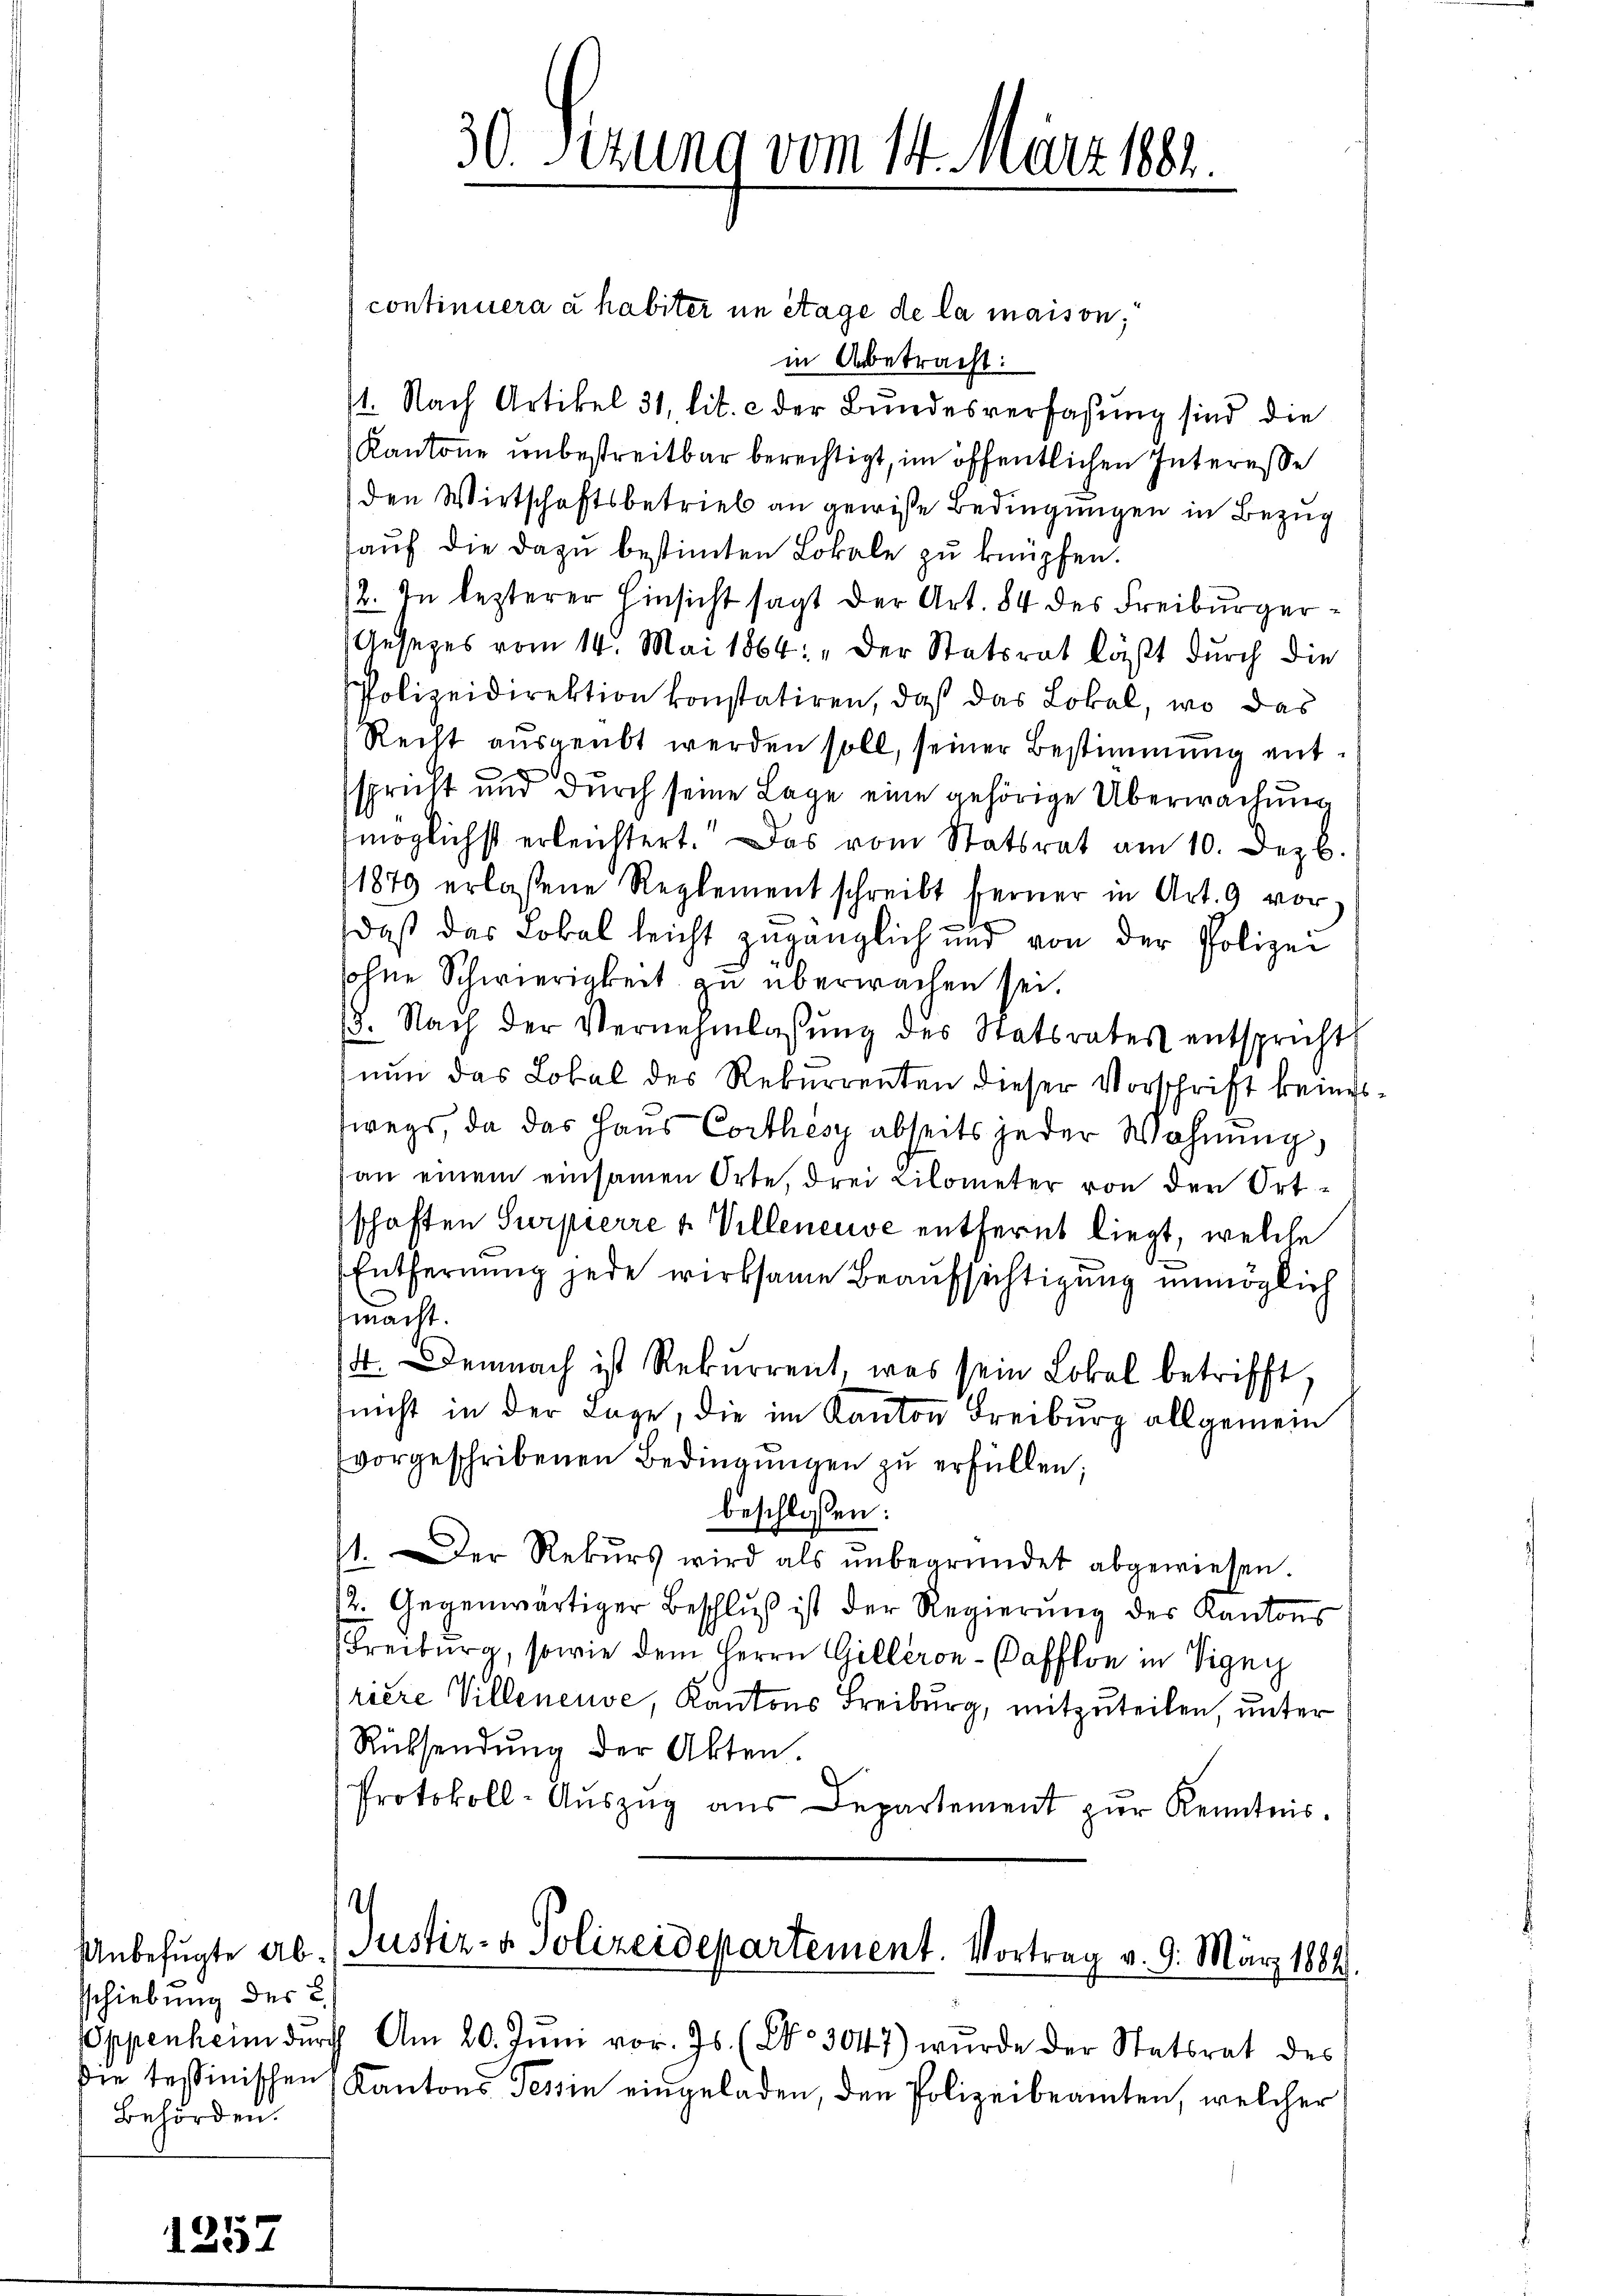
schiebung des L.
Behörden.

1

30. Sizung vom 14. März 1881

continuera à habiter im Stage de la maison,
in Abetracht:
11. Nach Artikel 31, lit. c der Bundesverfassung sind die
Kantone unbestreitbar berechtigt, im öffentlichen Interesse
den Wirtschaftsbetrieb an gewiße Bedingungen in Bezug
auf die dazu bestimten Lokale zu knüpfen.
12. In lezterer Hinsicht sagt der Art. 84 des Freiburger¬
Gesetzes vom 14. Mai 1864: „Der Statsrat läßt durch die
Polizeidirektion konstatiren, daß das Lokal, wo das
Recht aŭsgeübt werden soll, seiner Bestimmung entspricht und durch seine Lage eine gehörige Überwachung
möglichst erleichtert. Das vom Statsrat am 10. Dez.
11879 erlassene Reglement schreibt ferner in Art. 9 vordaß das Lobel leicht zugänglich und von der Polizei
sohne Schwierigkeit zu überwachen sei.
(5. Nach der Vernehmlassŭng des Statsrates entspricht
nun das Lokal des Rekurrenten dieser Vorschrift keines
wegs, da das Haus Corthes abseits jeder Wohnung,
an einem einsamen Orte, drei Lilometer von den Ort-
schaften Surpierre u Villeneuve entfernt liegt, welche
Entfernung jede wirksame Beaufsichtigung unmöglich
macht.
14. Demnach ist Rekurrent, was sein Lobel betrifft,
(nicht in der Lage, die im Kanton Freiburg allgemein
vorgeschribenen Bedingungen zu erfüllen;
beschlossen:
1. Der Rekŭrs wird als ŭnbegründet abgewiesen.
12. Gegenwärtiger Beschluß ist der Regierung des Kantons
Freiburg, sowie dem Herrn Gilleron-Pafflon in Vigny
riere Villeneuve, Kantons Freiburg, mitzuteilen, unter
Rücksendŭng der Akten.
Protokoll-Aŭszŭg aŭs Departement zŭr Kenntnis.
2
Unbefugte ab. (Justiz- & Polizeidepartement. Vortrag v. 9. März 1884
Oppenheim dŭrch Am 20. Jŭni vor. Js. (No 3047) wurde der Statsrat des
die tessinischen Kantons Tessin eingeladen, den Polizeibeamten, welcher